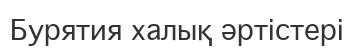
Бурятия халық әртістері